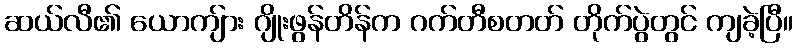
ဆယ်လီ၏ ယောကျ်ား ဂျိုးဖွန်တိန်က ဂက်တီစတတ် တိုက်ပွဲတွင် ကျခဲ့ပြီ။